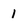
Character: 1